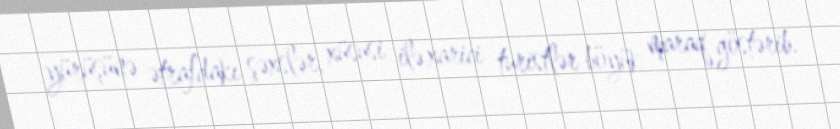
yürüşünə ətrafdakı şəxslər, xüsusi ilə xarici turistlər böyük maraq göstərib.